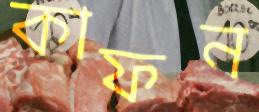
কাফন